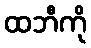
ထဘီကို